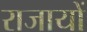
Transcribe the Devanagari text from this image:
राजायों